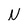
Character: N